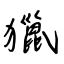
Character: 獵